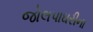
જોલપાઘરીના